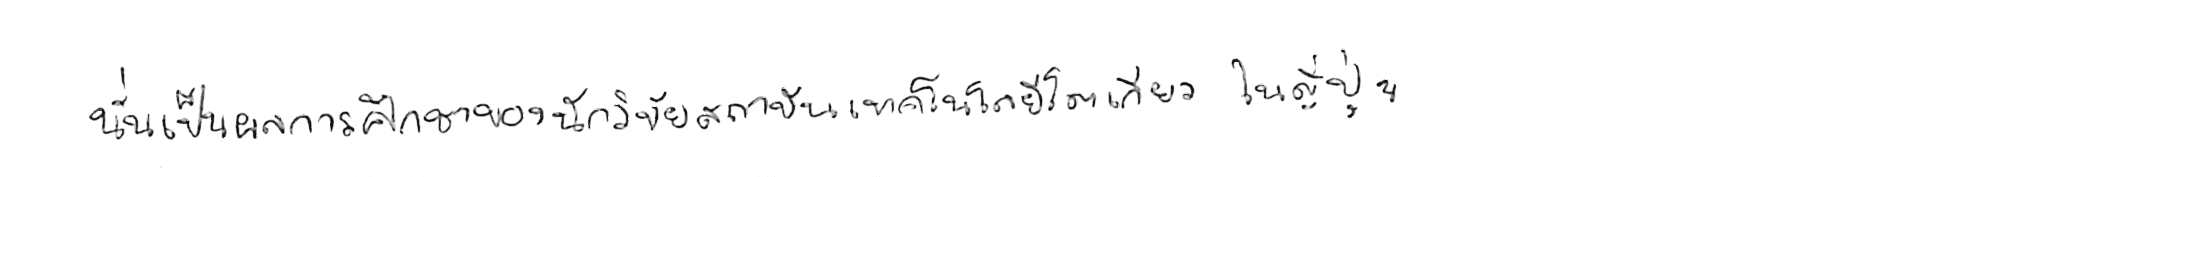
นั่นเป็นผลการศึกษาของนักวิจัยสถาบันเทคโนโลยีโตเกียว ในญี่ปุ่น